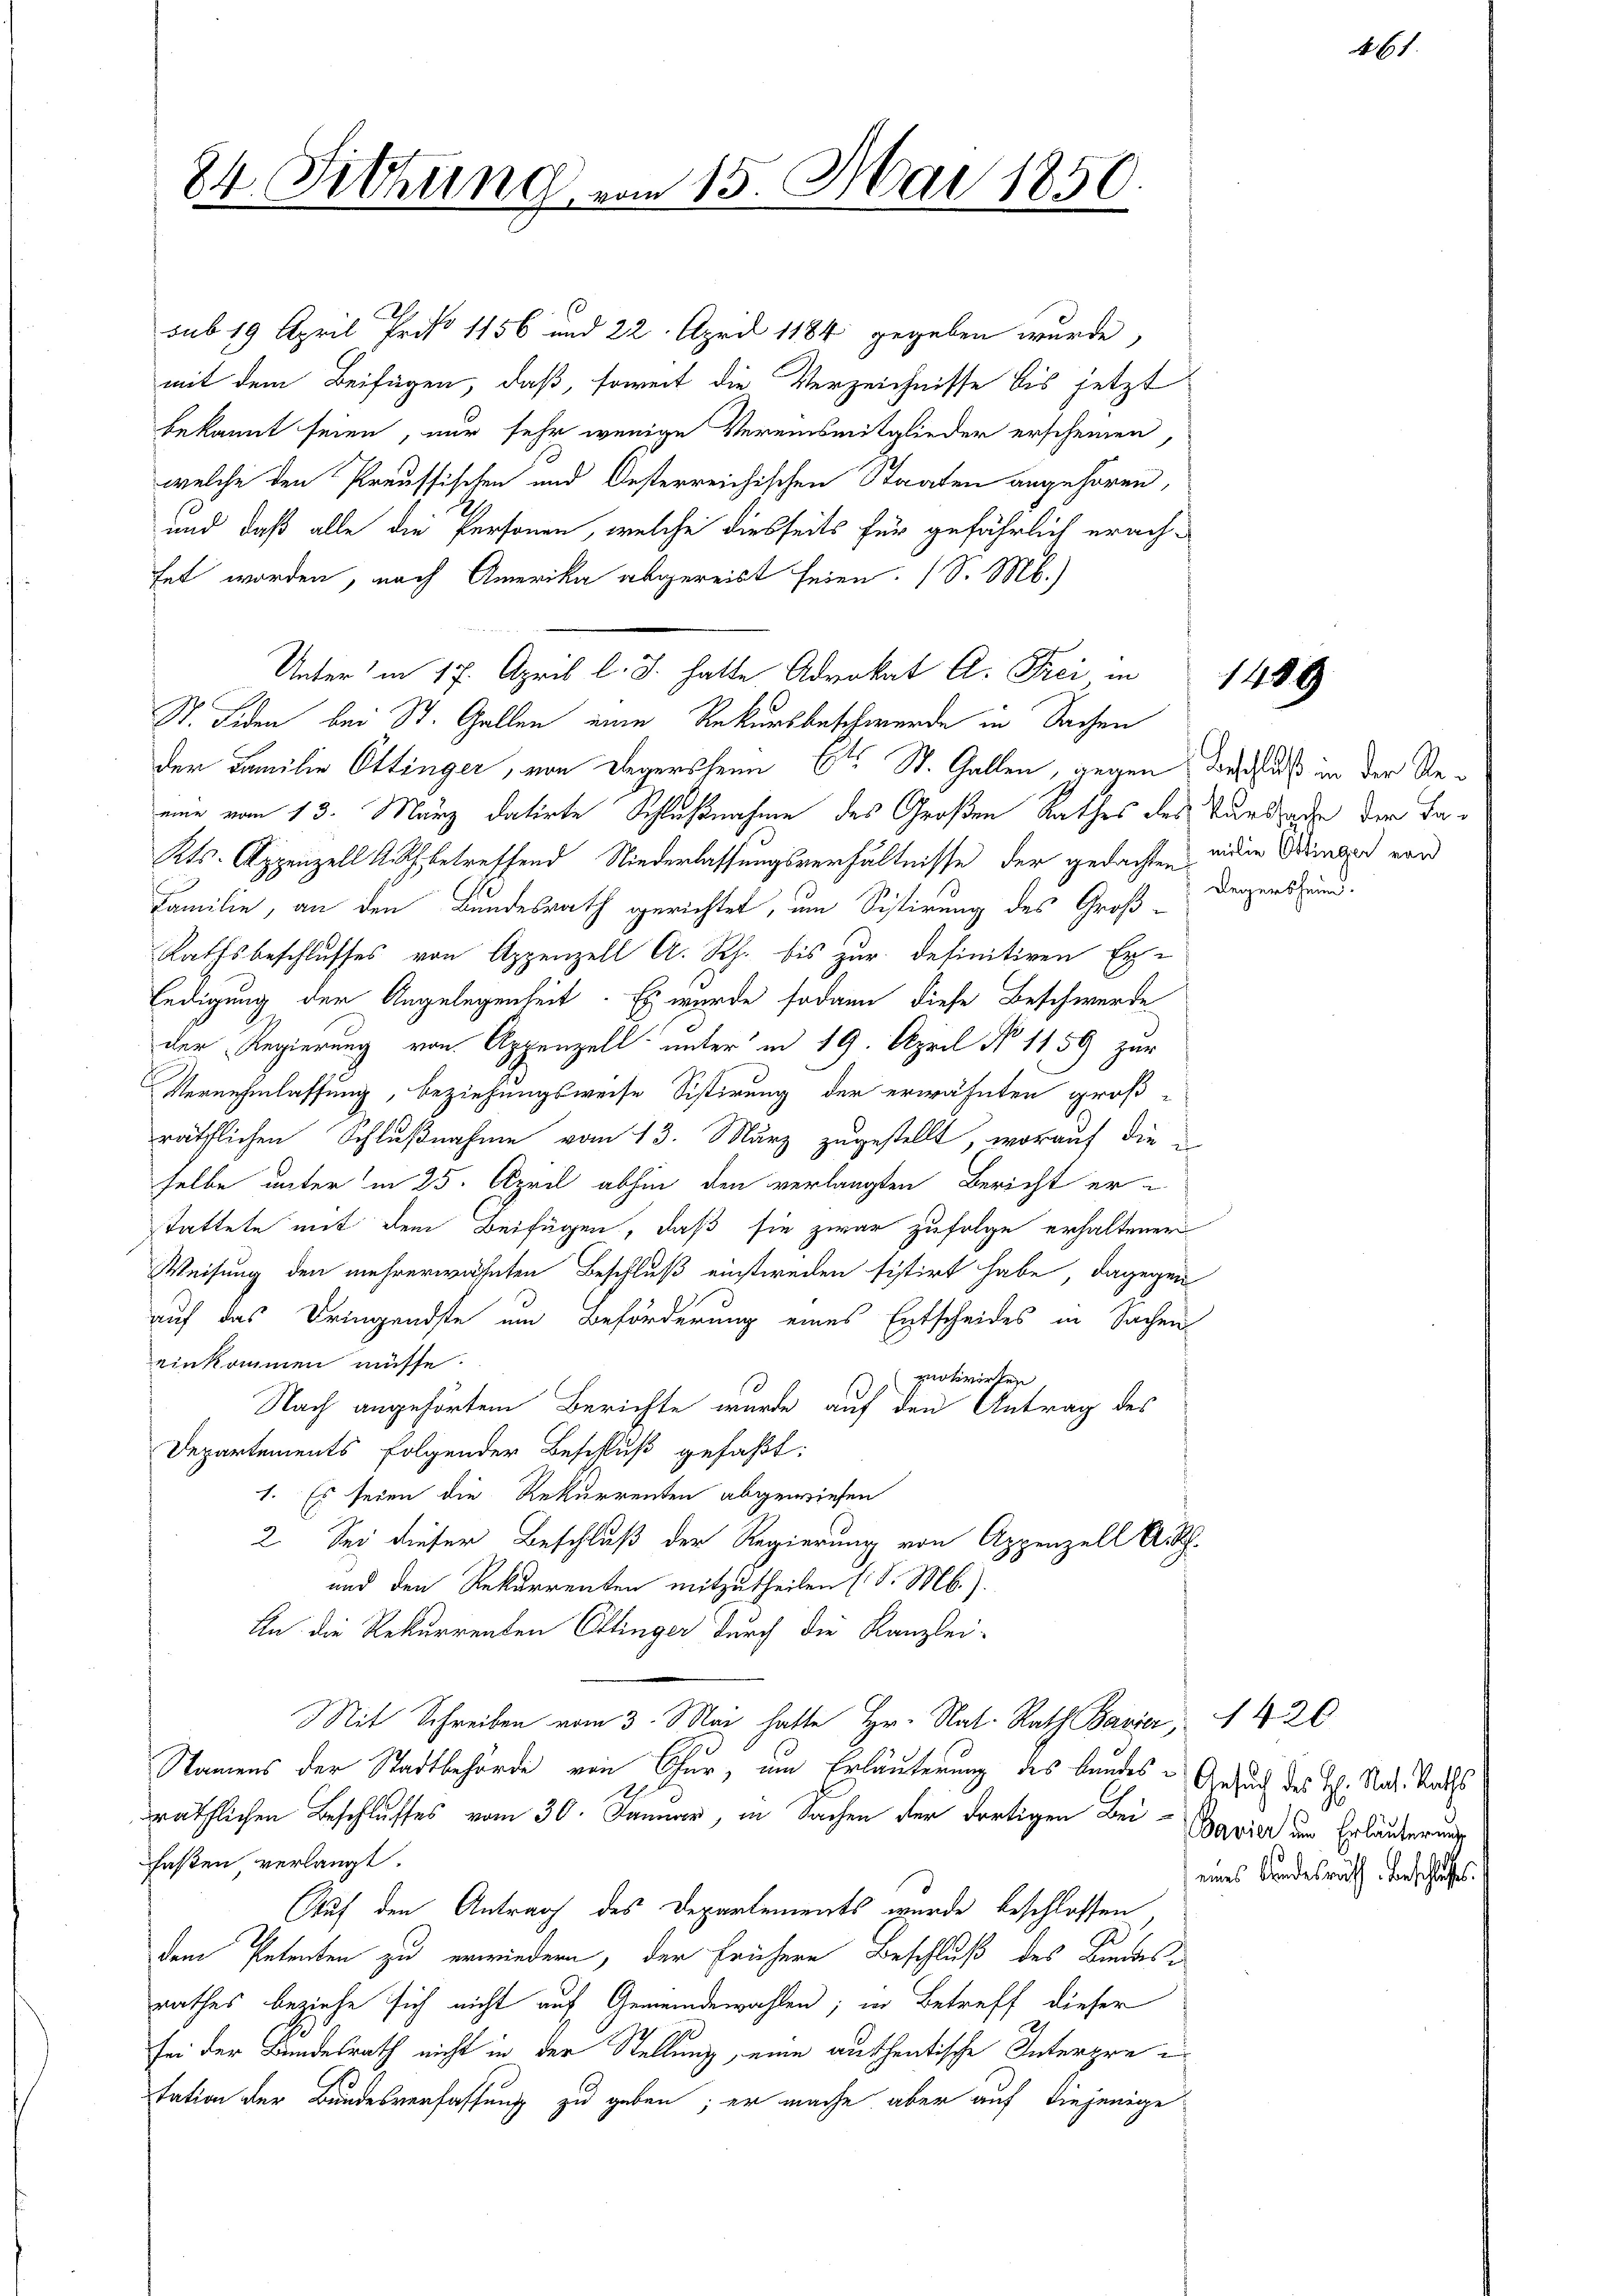
84. Sitzung

sub 19 April Proko 1156 und 22. April 1884 gegeben wurde,
mit dem Beifügen, daß, soweit die Verzeichnisse bis jetzt
bekannt seien, nur sehr wenige Vereinsmitglieder erscheinen,
welche den Preussischen und Oesterreichischen Staaten angehören,
und daß alle die Personen, welche diesseits für gefährlich erachtet worden, nach Amerika abgereist seien. (S. M.)
St. Fiden bei St. Gallen eine Rekursbeschwerde in Sachen
der Familie Ottinger, von Legersheim C. St. Gallen, gegen Beschluß in der Reeine vom 13. März datirte Schlußnahme des Großen Rathes des Sandsache der Fa¬
Kts. Appenzell A. Rh. betreffend Niederlassungsverhältnisse der gedachten wider Winter vor
Familie, an den Bundesrath gerichtet, um Sistirung des Groß¬
Rathsbeschlusses von Appenzell A. Rh. bis zur definitiven Er-
ledigung der Angelegenheit. Es wurde sodann diese Beschwerde
der Regierung von Appenzell unter in 19. April No 11,59 zur
Vernehmlassung, beziehungsweise Sistirung der erwähnten großräthlichen Schlußnahme vom 13. März zugestellt, worauf die
selbe unter in 25. April abhin den verlangten Bericht er-
stattete mit dem Beifügen, daß sie zwar zufolge erhaltener
Weisung den mehrerwähnten Beschluß einstwreden sistirt habe, dagegen
auf das Dringendste um Beförderung eines Entscheides in Sachen
einkommen müsse.
pnotivirten
Nach angehörtem Berichte wurde auf den Antrag des
Departements folgender Beschluß gefaßt:
1. Es seien die Rekurrenten abgewiesen
2. Sei dieser Beschluß der Regierung von Appenzell Arth.
und den Rekurrenten mitzutheilen (d. M.).
An die Rekurrenten Ettinger durch die Kanzlei-
Mit Schreiben vom 3. Mai hatte Hr. Rat. Rath Bauer, 1420
Namens der Stadtbehörde von Chur, um Erläuterung des Bandes-
räthlichen Beschlusses vom 30. Januar, in Sachen der dortigen Beifaßen, verlangt.
Auf den Antrag des Departements wurde beschlossen
dem Petenten zu erwiedern, der frühere Beschluß des Bandesrathes beziehe sich nicht auf Gemeindewahlen; in Betreff dieser
sei der Bundesrath nicht in der Stellung, eine authentische Interprei
tation der Bundesverfassung zu geben; er mache aber auf diejenige

Unter in 17. April l. J. hatte Advokat A. Frei in

am 15. Mai 1850.

Legersheim.

1489

Ansuch des H. Rath. Raths
Bavier um Erläuterung
eines Kindesrath Beschluss.

1